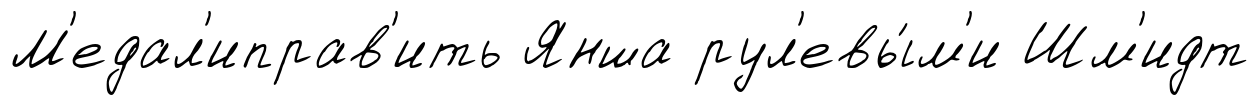
М'едал'иправ'ить Янша рул'евы́м'и Шм'идт